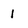
Character: 1